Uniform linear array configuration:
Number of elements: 12
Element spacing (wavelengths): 0.75
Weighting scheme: uniform
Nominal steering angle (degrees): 45
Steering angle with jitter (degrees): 45.425
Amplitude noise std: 0.05
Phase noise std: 0.05

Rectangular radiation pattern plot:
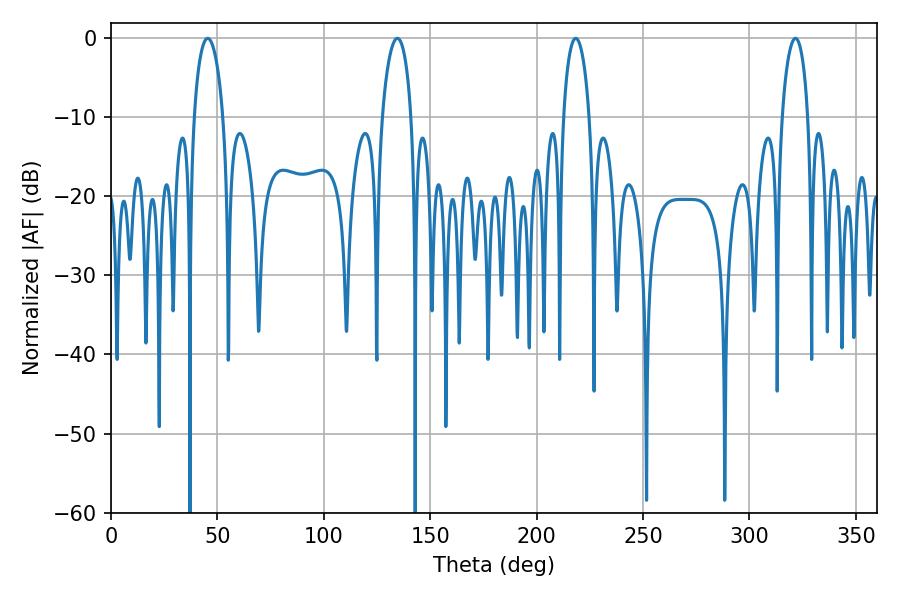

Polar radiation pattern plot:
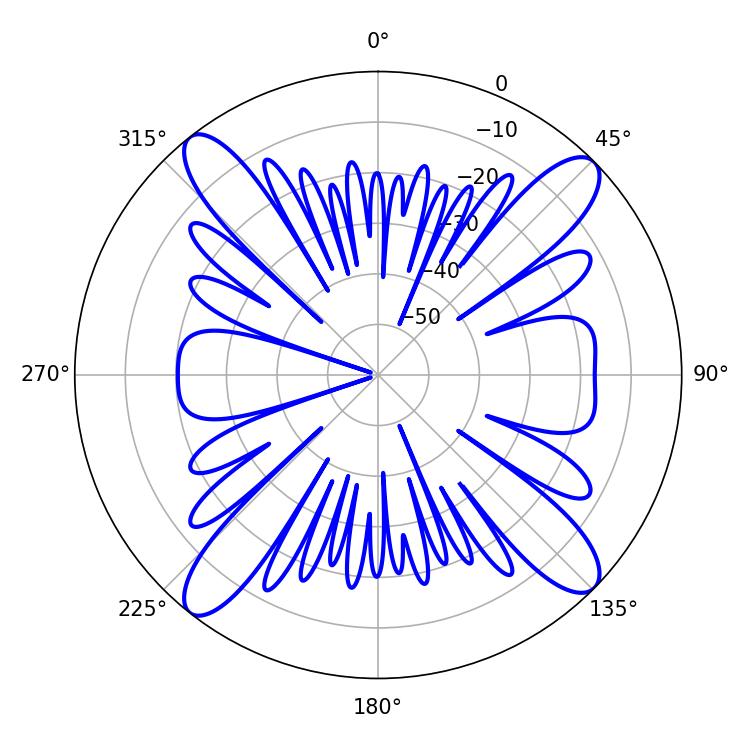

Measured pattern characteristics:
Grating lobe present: TRUE
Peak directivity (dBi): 15.587
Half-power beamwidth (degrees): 7.02
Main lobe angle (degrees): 218.34